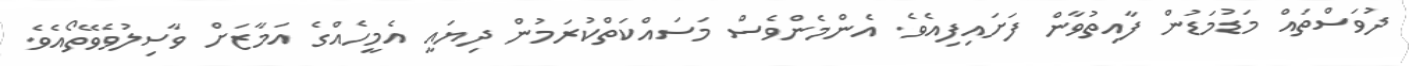
ދުވަސްތައް މަޑުމަޑުން ފާއިތުވާން ފަށައިފިއެވެ. އެންމެންވެސް މަސައްކަތްކުރަމުން ދިޔައީ އެމީހެއްގެ އަމާޒަށް ވާސިލުވެވޭތޯއެވެ.